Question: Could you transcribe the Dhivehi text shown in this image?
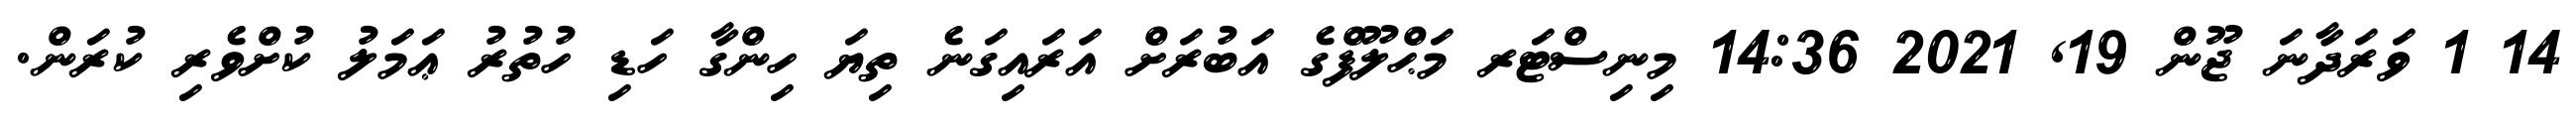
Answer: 14 1 ވަރަދާނަ ޖޫން 19, 2021 14:36 މިނިސްޓަރ މަޙްލޫފްގެ އަބުރަށް އަރައިގަނެ ތިޔަ ހިންގާ ހަޑި ހުތުރު ޢަމަލު ކުށްވެރި ކުރަން.